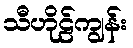
သီဟိုဠ်ကျွန်း